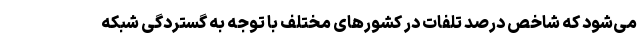
می‌شود که شاخص درصد تلفات در کشور‌های مختلف با توجه به گستردگی شبکه